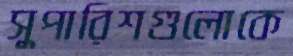
সুপারিশগুলোকে